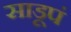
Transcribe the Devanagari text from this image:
साडूपं